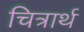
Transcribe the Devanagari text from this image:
चित्रार्थ